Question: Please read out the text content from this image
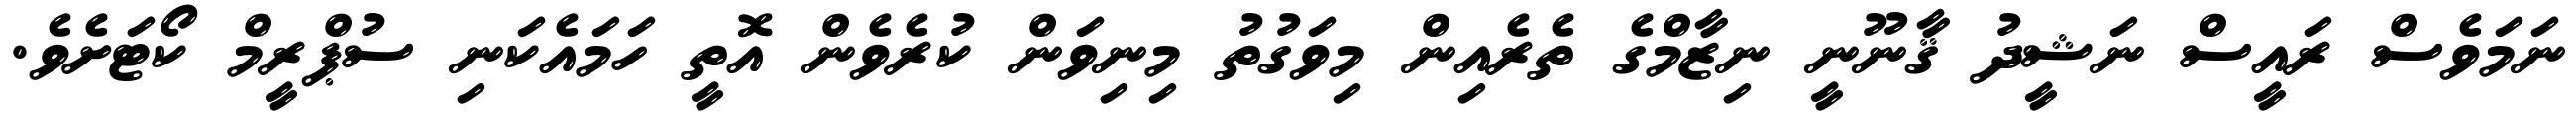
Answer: ނަމަވެސް ރައީސް ނަޝީދު ޤާނޫނީ ނިޒާމްގެ ތެރެއިން މިވަގުތު މިނިވަން ކުރެވެން އޮތީ ހަމައެކަނި ސުޕްރީމް ކޯޓަށެވެ.